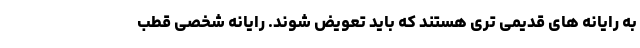
به رایانه های قدیمی تری هستند که باید تعویض شوند. رایانه شخصی قطب